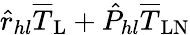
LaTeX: \hat{r}_{hl}\overline{{T}}_{\mathrm{L}}+\hat{P}_{hl}\overline{{T}}_{\mathrm{LN}}